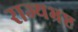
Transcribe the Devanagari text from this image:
राज्यभ्रष्ट